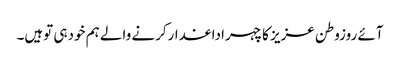
آئے روزوطن عزیز کاچہراداغدارکرنے والے ہم خودہی توہیں۔